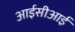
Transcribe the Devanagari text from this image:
आईसीआई